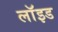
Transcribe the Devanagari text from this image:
लाॅइड